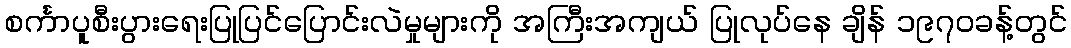
စင်္ကာပူစီးပွားရေးပြုပြင်ပြောင်းလဲမှုများကို အကြီးအကျယ် ပြုလုပ်နေ ချိန် ၁၉၇၀ခန့်တွင်